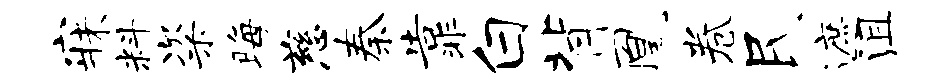
寐料粢晦慈秦靠白背凰卷民遮沮